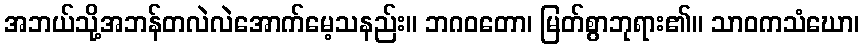
အဘယ်သို့အဘန်တလဲလဲအောက်မေ့သနည်း။ ဘဂဝတော၊ မြတ်စွာဘုရား၏။ သာဝကသံဃော၊